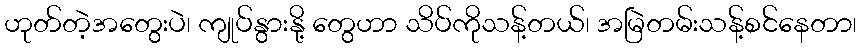
ဟုတ်တဲ့အတွေးပဲ၊ ကျုပ်နွားနို့ တွေဟာ သိပ်ကိုသန့်တယ်၊ အမြဲတမ်းသန့်စင်နေတာ၊